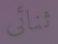
ثنائى